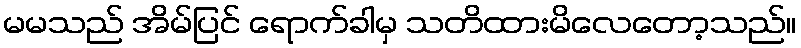
မမသည် အိမ်ပြင် ရောက်ခါမှ သတိထားမိလေတော့သည်။